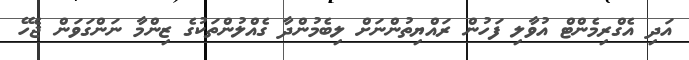
އަދި އެގްރިމެންޓް އުވާލި ފަހުން ރައްޔިތުންނަށް ލިބެމުންދާ ގެއްލުންތަކުގެ ޒިންމާ ނަންގަވަން ޖެހޭ